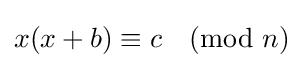
x(x+b)\equiv c{\pmod {n}}